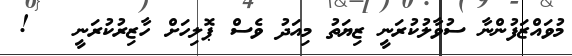
މުވައްޒަފުންނާ ސުވާލުކުރަނީ ޒިޔަތު މިއަދު ވެސް ޕޮލިހަށް ހާޒިރުކުރަނީ   !